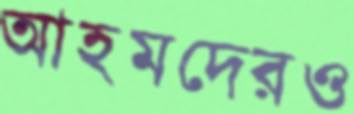
আহমদেরও